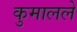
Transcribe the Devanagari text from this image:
कुमालले